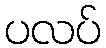
ပလပ်